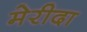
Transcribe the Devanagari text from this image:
मेरीदा